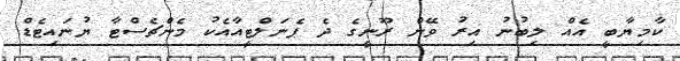
ކާމިޔާބީ އެއް ލިބުނު އިރު ވޭން ރޫނީގެ ދެ ޕެނަލްޓީއާއެކު މެންޗެސްޓާ ޔުނައިޓެޑް